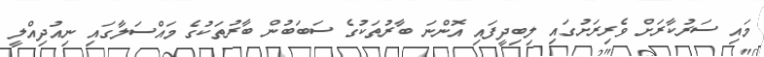
މައި ސަރުކާރަށް ވެރިރަށުގައި ލިބިދީފައި އޮންނަ ބާރުތަކުގެ ސަބަބުން ބާރުތަކުގެ މައްސަލާގައި ނިއުދިއްލީ